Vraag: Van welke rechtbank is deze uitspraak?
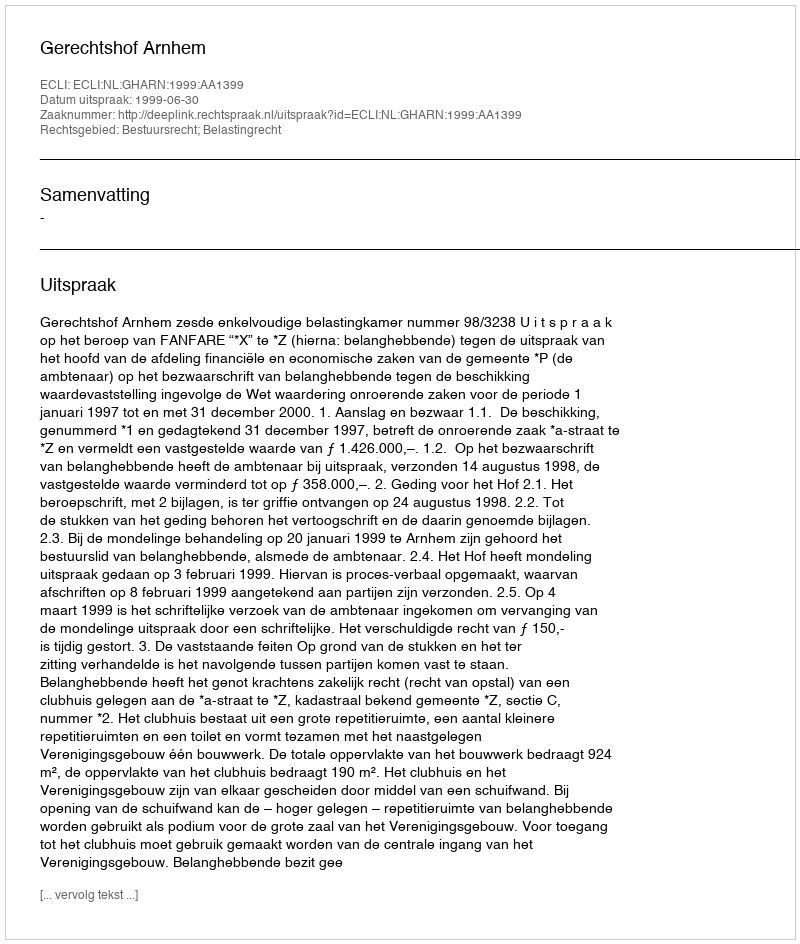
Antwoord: Gerechtshof Arnhem